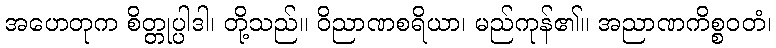
အဟေတုက စိတ္တုပ္ပါဒါ၊ တို့သည်။ ဝိညာဏစရိယာ၊ မည်ကုန်၏။ အညာဏကိစ္စဝတံ၊